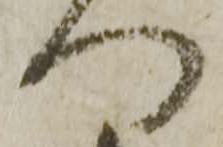
つ